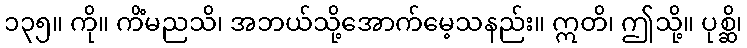
၁၃၅။ ကို။ ကိံမညသိ၊ အဘယ်သို့အောက်မေ့သနည်း။ ဣတိ၊ ဤသို့။ ပုစ္ဆိ၊